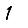
Digit: 1